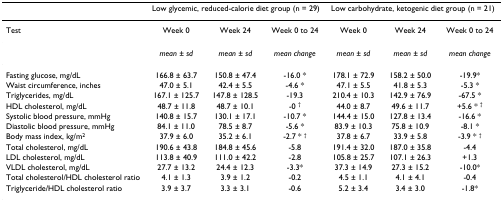
<table><thead><tr><td></td><td colspan="3"><b>Low glycemic, reduced-calorie diet group (n = 29)</b></td><td colspan="3"><b>Low carbohydrate, ketogenic diet group (n = 21)</b></td></tr></thead><tbody><tr><td>Test</td><td>Week 0</td><td>Week 24</td><td>Week 0 to 24</td><td>Week 0</td><td>Week 24</td><td>Week 0 to 24</td></tr><tr><td></td><td><i>mean </i>± <i>sd</i></td><td><i>mean </i>± <i>sd</i></td><td><i>mean change</i></td><td><i>mean </i>± <i>sd</i></td><td><i>mean </i>± <i>sd</i></td><td><i>mean change</i></td></tr><tr><td>Fasting glucose, mg/dL</td><td>166.8 ± 63.7</td><td>150.8 ± 47.4</td><td>-16.0 *</td><td>178.1 ± 72.9</td><td>158.2 ± 50.0</td><td>-19.9*</td></tr><tr><td>Waist circumference, inches</td><td>47.0 ± 5.1</td><td>42.4 ± 5.5</td><td>-4.6 *</td><td>47.1 ± 5.5</td><td>41.8 ± 5.3</td><td>-5.3 *</td></tr><tr><td>Triglycerides, mg/dL</td><td>167.1 ± 125.7</td><td>147.8 ± 128.5</td><td>-19.3</td><td>210.4 ± 10.3</td><td>142.9 ± 76.9</td><td>-67.5 *</td></tr><tr><td>HDL cholesterol, mg/dL</td><td>48.7 ± 11.8</td><td>48.7 ± 10.1</td><td>-0 <sup>†</sup></td><td>44.0 ± 8.7</td><td>49.6 ± 11.7</td><td>+5.6 * <sup>†</sup></td></tr><tr><td>Systolic blood pressure, mmHg</td><td>140.8 ± 15.7</td><td>130.1 ± 17.1</td><td>-10.7 *</td><td>144.4 ± 15.0</td><td>127.8 ± 13.4</td><td>-16.6 *</td></tr><tr><td>Diastolic blood pressure, mmHg</td><td>84.1 ± 11.0</td><td>78.5 ± 8.7</td><td>-5.6 *</td><td>83.9 ± 10.3</td><td>75.8 ± 10.9</td><td>-8.1 *</td></tr><tr><td>Body mass index, kg/m<sup>2</sup></td><td>37.9 ± 6.0</td><td>35.2 ± 6.1</td><td>-2.7 * <sup>†</sup></td><td>37.8 ± 6.7</td><td>33.9 ± 5.8</td><td>-3.9 * <sup>†</sup></td></tr><tr><td>Total cholesterol, mg/dL</td><td>190.6 ± 43.8</td><td>184.8 ± 45.6</td><td>-5.8</td><td>191.4 ± 32.0</td><td>187.0 ± 35.8</td><td>-4.4</td></tr><tr><td>LDL cholesterol, mg/dL</td><td>113.8 ± 40.9</td><td>111.0 ± 42.2</td><td>-2.8</td><td>105.8 ± 25.7</td><td>107.1 ± 26.3</td><td>+1.3</td></tr><tr><td>VLDL cholesterol, mg/dL</td><td>27.7 ± 13.2</td><td>24.4 ± 12.3</td><td>-3.3*</td><td>37.3 ± 14.9</td><td>27.3 ± 15.2</td><td>-10.0*</td></tr><tr><td>Total cholesterol/HDL cholesterol ratio</td><td>4.1 ± 1.3</td><td>3.9 ± 1.2</td><td>-0.2</td><td>4.5 ± 1.1</td><td>4.1 ± 4.1</td><td>-0.4</td></tr><tr><td>Triglyceride/HDL cholesterol ratio</td><td>3.9 ± 3.7</td><td>3.3 ± 3.1</td><td>-0.6</td><td>5.2 ± 3.4</td><td>3.4 ± 3.0</td><td>-1.8*</td></tr></tbody></table>